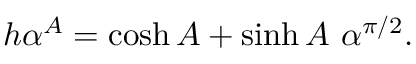
h \alpha ^ { A } = \cosh A + \sinh A \ \alpha ^ { \pi / 2 } .